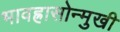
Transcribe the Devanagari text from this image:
भावह्रासोन्मुखी